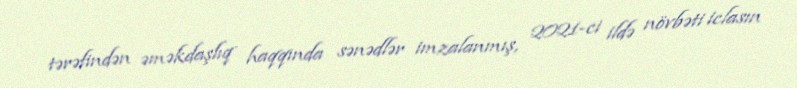
tərəfindən əməkdaşlıq haqqında sənədlər imzalanmış, 2021-ci ildə növbəti iclasın